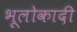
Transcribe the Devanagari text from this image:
भूलोकादी